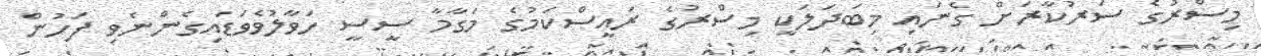
މިސްރުގެ ސަރުކާރަށް ގެނައި މިބަދަލަކީ މިސްރުގެ ރައީސްކަމުގެ މަގާމާ ސީސީ ހަވާލުވެވަޑައިގެންނެވި ފަހުން